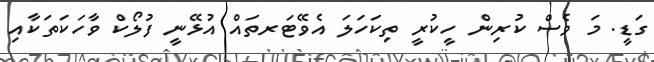
ގަޑީ. މަ ވެސް ކުރިން ހީކުރީ ތިކަހަލަ އެވޭޓަރތައް އުޅޭނީ ފުލޯކް ވާހަކަތަކާއި